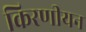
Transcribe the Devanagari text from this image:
किरणीयन